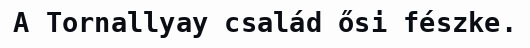
A Tornallyay család ősi fészke.